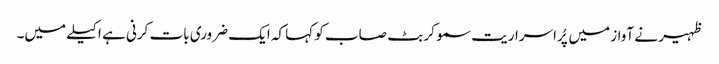
ظہیر نے آواز میں پُراسراریت سمو کر بٹ صاب کو کہا کہ ایک ضروری بات کرنی ہے اکیلے میں۔